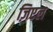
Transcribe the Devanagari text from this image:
ज़िएल